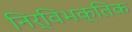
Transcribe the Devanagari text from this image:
निर्विभक्तिक